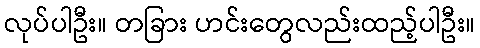
လုပ်ပါဦး။ တခြား ဟင်းတွေလည်းထည့်ပါဦး။